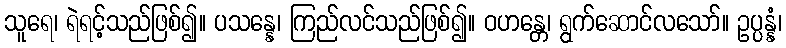
သူရေ၊ ရဲရင့်သည်ဖြစ်၍။ ပသန္နေ၊ ကြည်လင်သည်ဖြစ်၍။ ဝဟန္တေ၊ ရွက်ဆောင်လသော်။ ဥပ္ပန္နံ၊